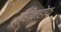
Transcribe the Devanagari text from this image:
ग्रीनहोफ